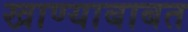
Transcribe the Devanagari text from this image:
खाण्याबाबत